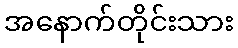
အနောက်တိုင်းသား